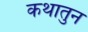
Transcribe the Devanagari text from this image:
कथातुन